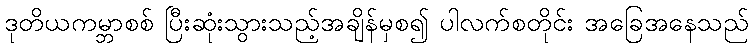
ဒုတိယကမ္ဘာစစ် ပြီးဆုံးသွားသည့်အချိန်မှစ၍ ပါလက်စတိုင်း အခြေအနေသည်